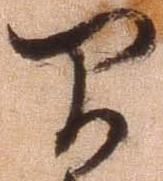
間